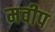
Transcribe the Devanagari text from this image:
मवीप